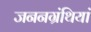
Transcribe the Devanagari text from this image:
जननग्रंथियां